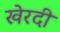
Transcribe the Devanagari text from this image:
खेरदी